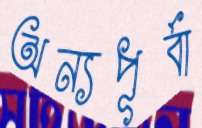
অন্যপূর্বা